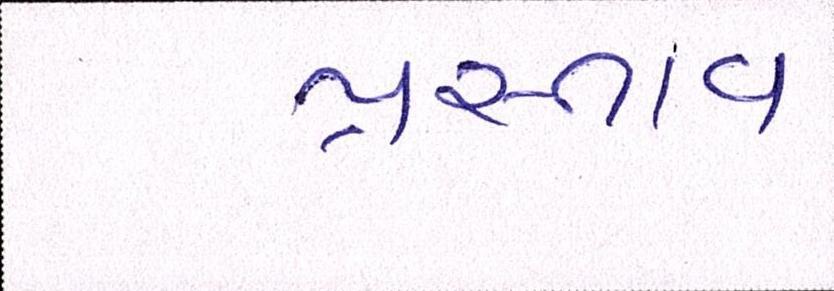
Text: પ્રસ્તાવ